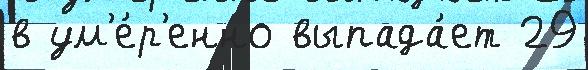
в ум'е́р'енно выпада́ет 29